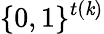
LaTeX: \{ 0,1\} ^{t(\mathit{k})}